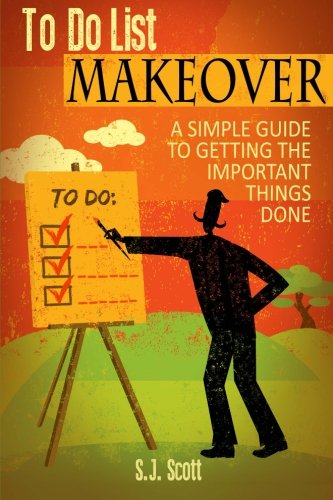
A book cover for To-Do List Makeover: A Simple Guide to Getting the Important Things Done; S.J. Scott; Business & Money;